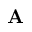
{ \bf A }